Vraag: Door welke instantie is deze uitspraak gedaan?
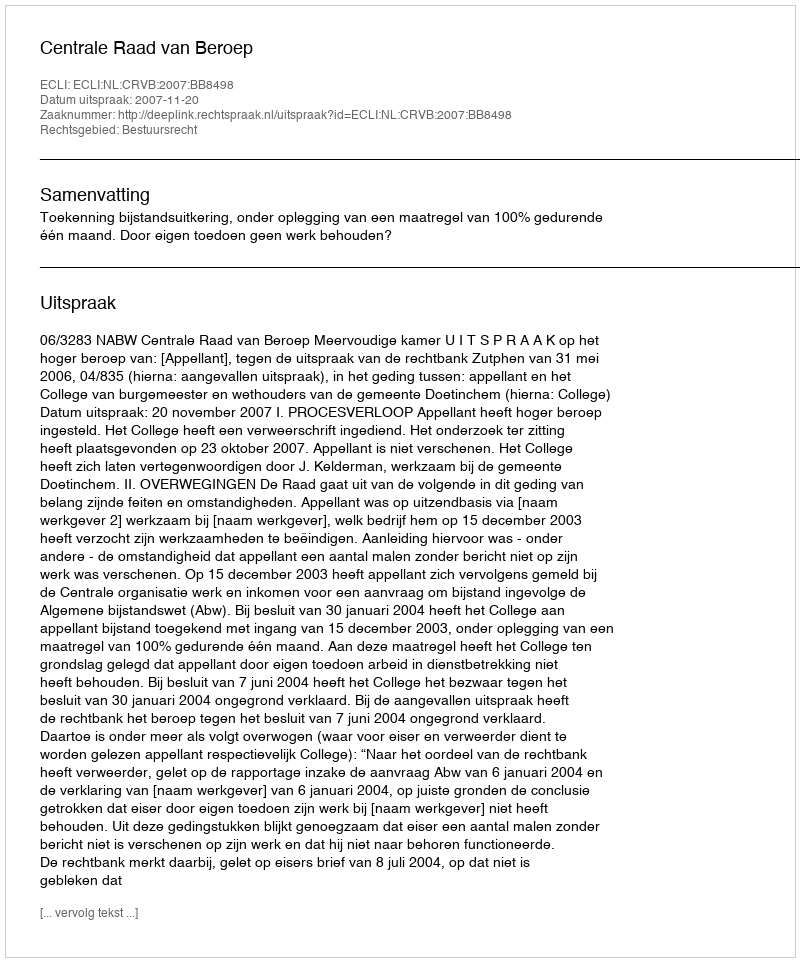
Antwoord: Centrale Raad van Beroep